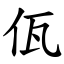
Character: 佤